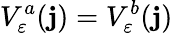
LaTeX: V_{\varepsilon}^{a}(\mathbf{j})=V_{\varepsilon}^{b}(\mathbf{j})